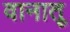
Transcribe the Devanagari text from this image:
वानातू